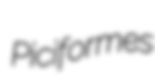
Piciformes